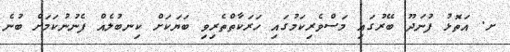
ށ. އަތޮޅު ފުނަދޫ ބޭރުގައި މަސްވެރިކަމުގައި ހަރަކާތްތެރިވި ބަޔަކަށް ކިނބުލެއް ފެނުނުކަމަށް ބުނެ